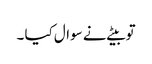
تو بیٹے نے سوال کیا ۔